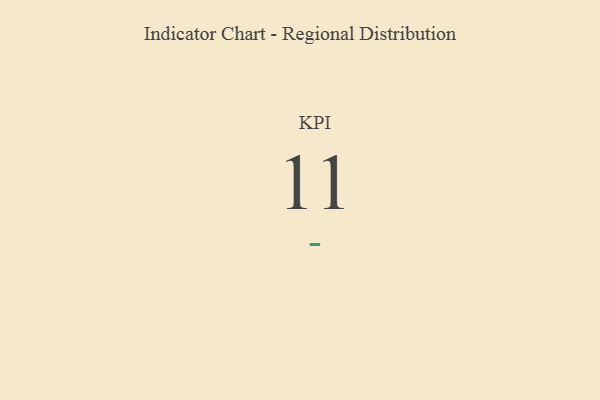
{"axis": {"x": "KPI", "y": "Value"}, "legend": [""], "data": [{"x": "KPI", "y": 11, "type": ""}]}